Civil Veterinary Department. Madras. Admin. report 1926-33 - 1926-1933
Year: 1926
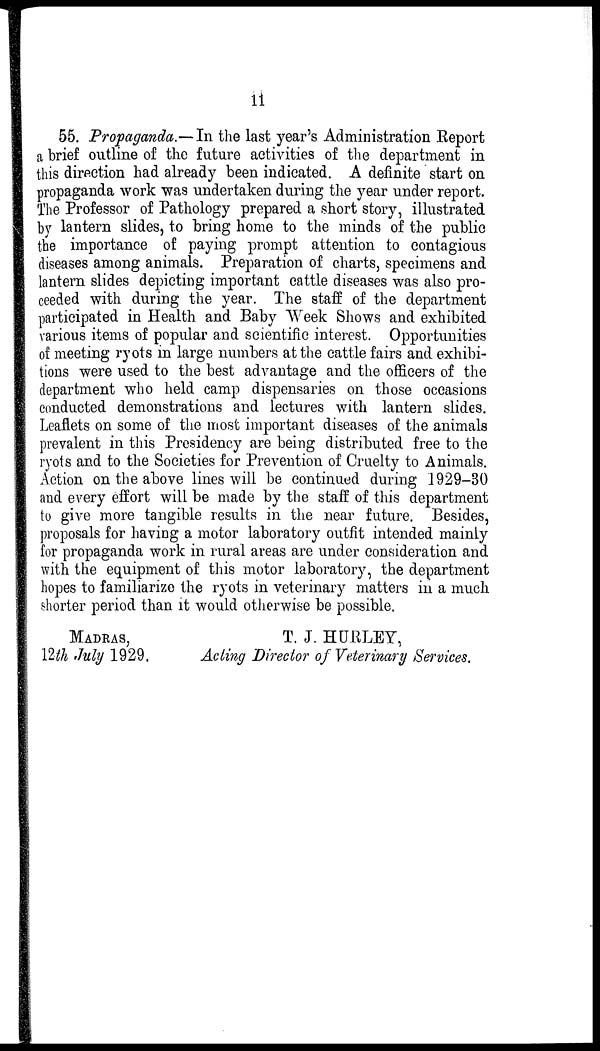
11
55. Propaganda.—In the last year's Administration Report
a brief outline of the future activities of the department in
this direction had already been indicated. A definite start on
propaganda work was undertaken during the year under report.
The Professor of Pathology prepared a short story, illustrated
by lantern slides, to bring home to the minds of the public
the importance of paying prompt attention to contagious
diseases among animals. Preparation of charts, specimens and
lantern slides depicting important cattle diseases was also pro-
ceeded with during the year. The staff of the department
participated in Health and Baby Week Shows and exhibited
various items of popular and scientific interest. Opportunities
of meeting ryots in large numbers at the cattle fairs and exhibi-
tions were used to the best advantage and the officers of the
department who held camp dispensaries on those occasions
conducted demonstrations and lectures with lantern slides.
Leaflets on some of the most important diseases of the animals
prevalent in this Presidency are being distributed free to the
ryots and to the Societies for Prevention of Cruelty to Animals.
Action on the above lines will be continued during 1929-30
and every effort will be made by the staff of this department
to give more tangible results in the near future. Besides,
proposals for having a motor laboratory outfit intended mainly
for propaganda work in rural areas are under consideration and
with the equipment of this motor laboratory, the department
hopes to familiarize the ryots in veterinary matters in a much
shorter period than it would otherwise be possible.
MADRAS,
12th July 1929.
T. J. HURLEY,
Acting Director of Veterinary Services.